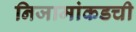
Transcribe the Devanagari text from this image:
निजामांकडची